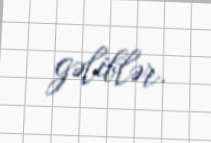
gəliblər.